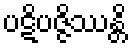
ပဋိပဇ္ဇိဿန္တိ